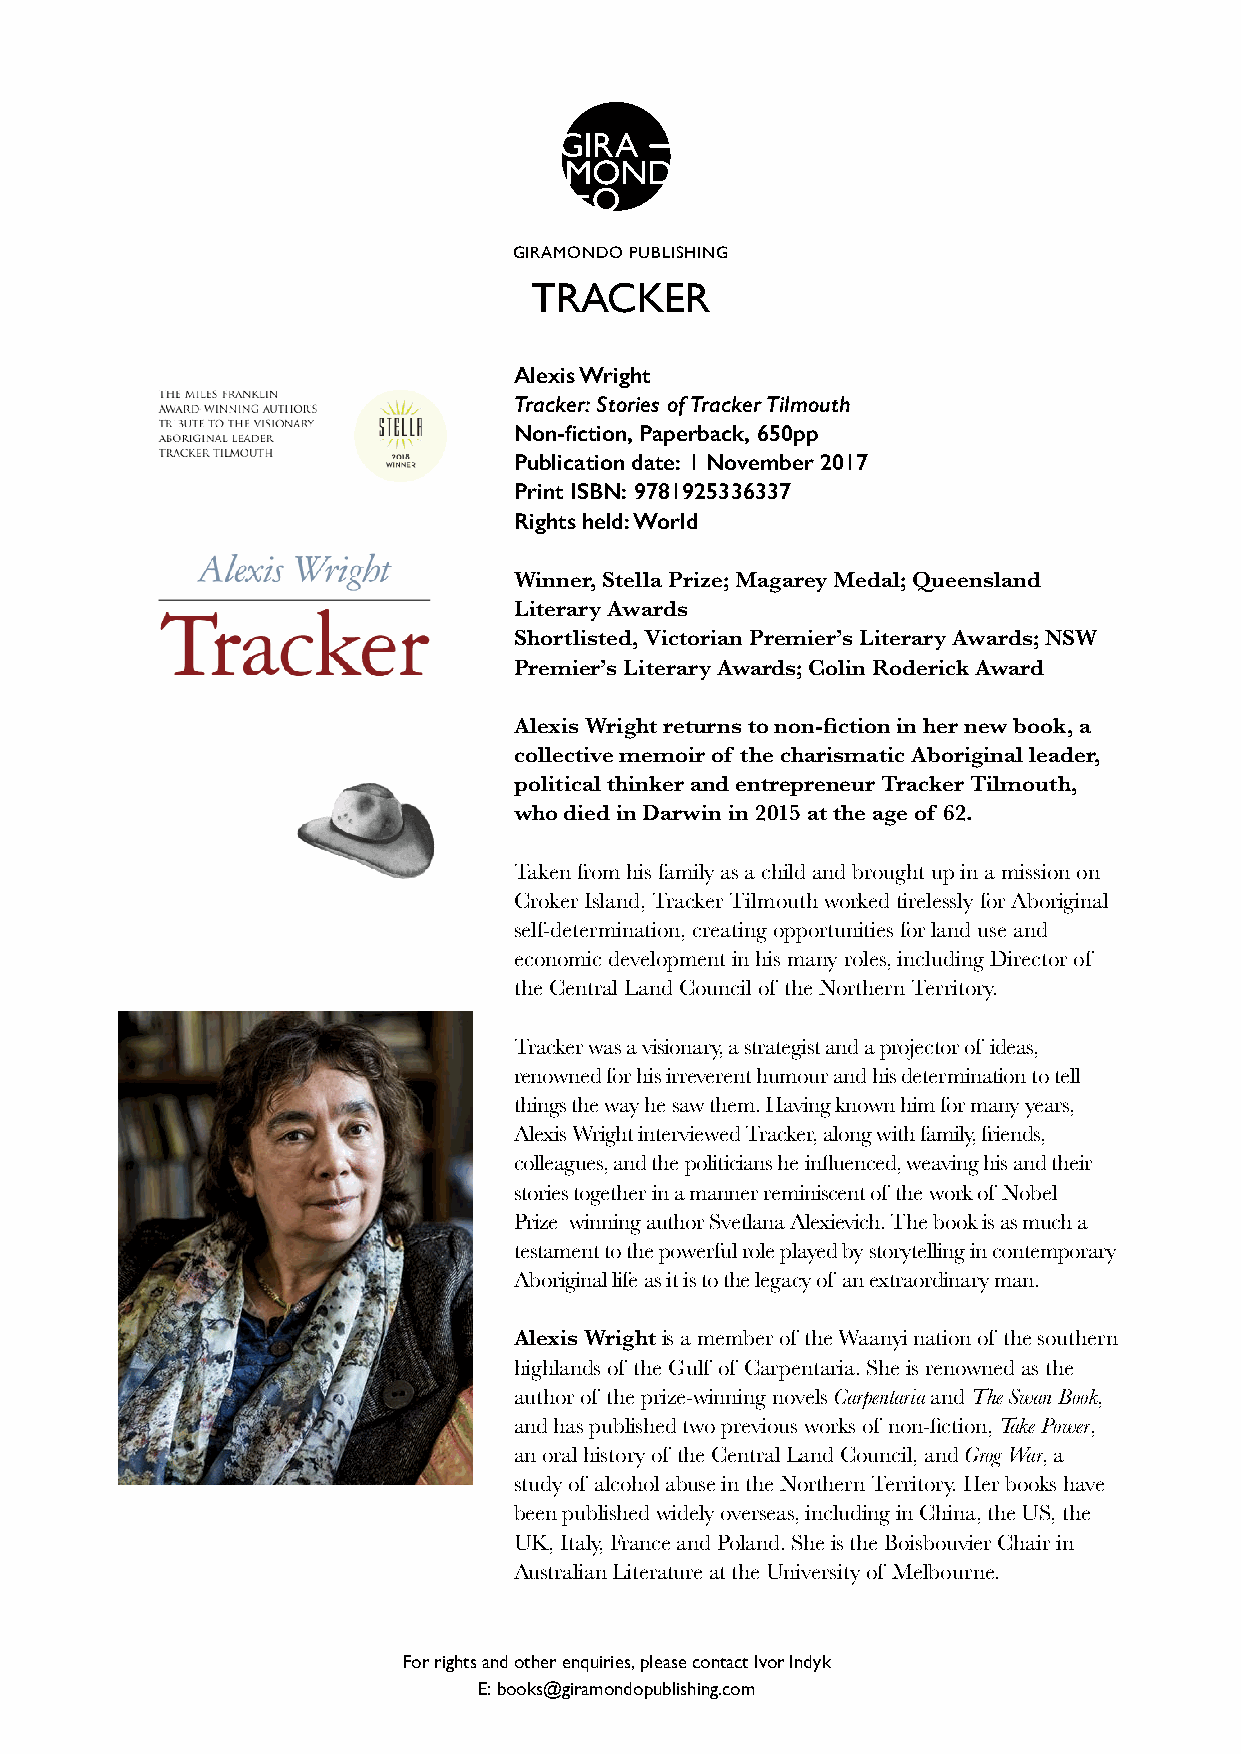
GIRAMONDO PUBLISHING
 TRACKER
 Alexis Wright
 Tracker: Stories of Tracker Tilmouth
 Non-fiction, Paperback, 650pp
 Publication date: 1 November 2017
 Print ISBN: 9781925336337
 Rights held: World
 Winner, Stella Prize; Magarey Medal; Queensland
 Literary Awards
 Shortlisted, Victorian Premier’s Literary Awards; NSW
 Premier’s Literary Awards; Colin Roderick Award
 Alexis Wright returns to non-fiction in her new book, a
 collective memoir of the charismatic Aboriginal leader,
 political thinker and entrepreneur Tracker Tilmouth,
 who died in Darwin in 2015 at the age of 62.
 Taken from his family as a child and brought up in a mission on
 Croker Island, Tracker Tilmouth worked tirelessly for Aboriginal
 self-determination, creating opportunities for land use and
 economic development in his many roles, including Director of
 the Central Land Council of the Northern Territory.
 Tracker was a visionary, a strategist and a projector of ideas,
 renowned for his irreverent humour and his determination to tell
 things the way he saw them. Having known him for many years,
 Alexis Wright interviewed Tracker, along with family, friends,
 colleagues, and the politicians he influenced, weaving his and their
 stories together in a manner reminiscent of the work of Nobel
 Prize–winning author Svetlana Alexievich. The book is as much a
 testament to the powerful role played by storytelling in contemporary
 Aboriginal life as it is to the legacy of an extraordinary man.
 Alexis Wright is a member of the Waanyi nation of the southern
 highlands of the Gulf of Carpentaria. She is renowned as the
 author of the prize-winning novels Carpentaria and The Swan Book,
 and has published two previous works of non-fiction, Take Power,
 an oral history of the Central Land Council, and Grog War, a
 study of alcohol abuse in the Northern Territory. Her books have
 been published widely overseas, including in China, the US, the
 UK, Italy, France and Poland. She is the Boisbouvier Chair in
 Australian Literature at the University of Melbourne.
 For rights and other enquiries, please contact Ivor Indyk
 E: books@giramondopublishing.com